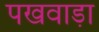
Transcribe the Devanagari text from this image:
पखवाडा़